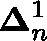
\mathbf { \Delta } _ { n } ^ { 1 }